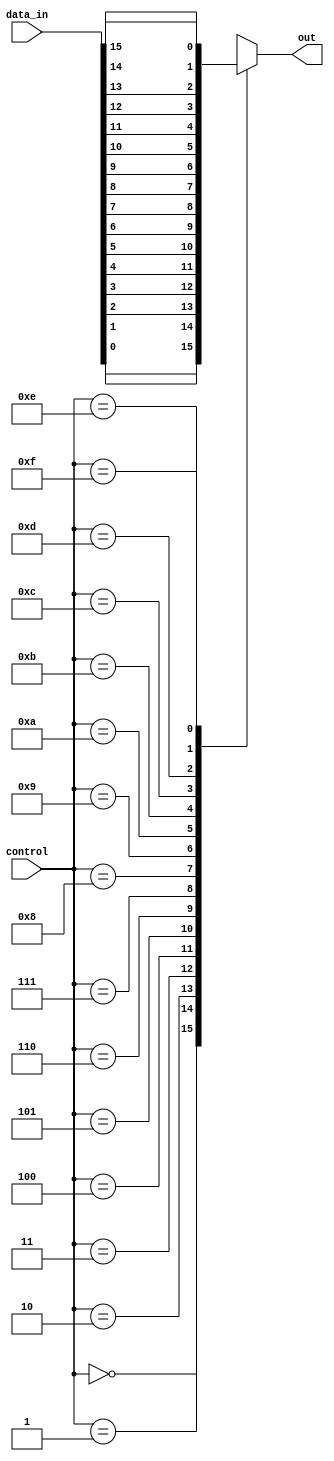
module mux_16_1 (
    input [15:0] data_in,
    input [3:0] control,
    output reg out
);

always @ (control)
begin
    case (control)
        4'b0000: out = data_in[0];
        4'b0001: out = data_in[1];
        4'b0010: out = data_in[2];
        4'b0011: out = data_in[3];
        4'b0100: out = data_in[4];
        4'b0101: out = data_in[5];
        4'b0110: out = data_in[6];
        4'b0111: out = data_in[7];
        4'b1000: out = data_in[8];
        4'b1001: out = data_in[9];
        4'b1010: out = data_in[10];
        4'b1011: out = data_in[11];
        4'b1100: out = data_in[12];
        4'b1101: out = data_in[13];
        4'b1110: out = data_in[14];
        4'b1111: out = data_in[15];
        default: out = 0;
    endcase
end

endmodule